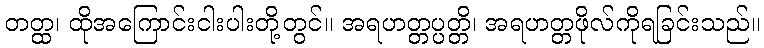
တတ္ထ၊ ထိုအကြောင်းငါးပါးတို့တွင်။ အရဟတ္တပ္ပတ္တိ၊ အရဟတ္တဖိုလ်ကိုရခြင်းသည်။